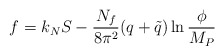
\begin{align*}f = k_N S - {N_f \over 8 \pi^2} (q+ \tilde q) \ln {\phi \over M_P}\end{align*}